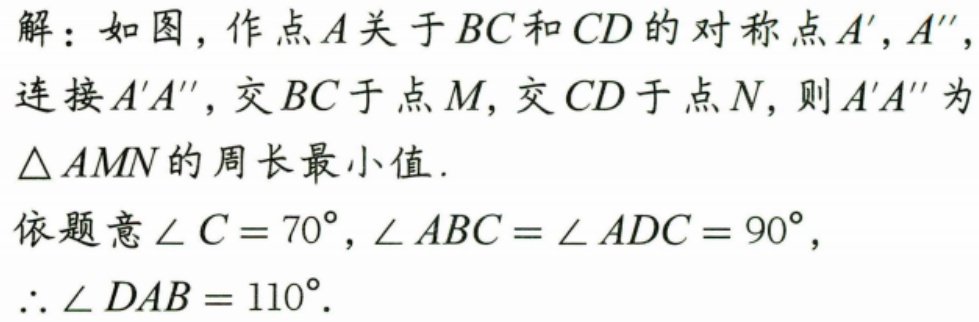
解：如图，作点\(A\)关于\(BC\)和\(CD\)的对称点\(A'\)，\(A''\)，连接\(A'A''\)，交\(BC\)于点\(M\)，交\(CD\)于点\(N\)，则\(A'A''\)为\(\triangle AMN\)的周长最小值.
依题意\(\angle C = 70^{\circ}\)，\(\angle ABC=\angle ADC = 90^{\circ}\)，
\(\therefore\angle DAB = 110^{\circ}\).